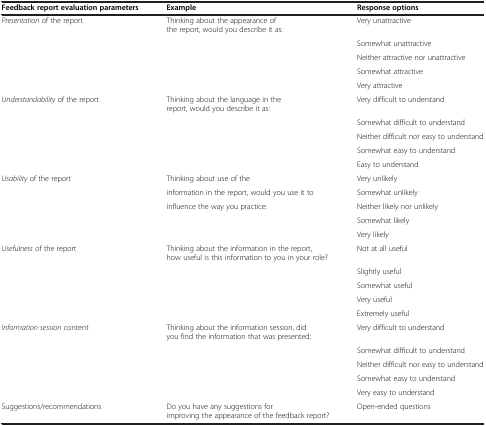
| Feedback report evaluation parameters | Example | Response options |
 | --- | --- | --- |
 | Presentation of the report | Thinking about the appearance of the report, would you describe it as: | Very unattractive |
 |  |  | Somewhat unattractive |
 |  |  | Neither attractive nor unattractive |
 |  |  | Somewhat attractive |
 |  |  | Very attractive |
 | Understandability of the report | Thinking about the language in the report, would you describe it as: | Very difficult to understand |
 |  |  | Somewhat difficult to understand |
 |  |  | Neither difficult nor easy to understand |
 |  |  | Somewhat easy to understand |
 |  |  | Easy to understand |
 | Usability of the report | Thinking about use of the | Very unlikely |
 |  | information in the report, would you use it to | Somewhat unlikely |
 |  | influence the way you practice: | Neither likely nor unlikely |
 |  |  | Somewhat likely |
 |  |  | Very likely |
 | Usefulness of the report | Thinking about the information in the report, how useful is this information to you in your role? | Not at all useful |
 |  |  | Slightly useful |
 |  |  | Somewhat useful |
 |  |  | Very useful |
 |  |  | Extremely useful |
 | Information session content | Thinking about the information session, did you find the information that was presented: | Very difficult to understand |
 |  |  | Somewhat difficult to understand |
 |  |  | Neither difficult nor easy to understand |
 |  |  | Somewhat easy to understand |
 |  |  | Very easy to understand |
 | Suggestions/recommendations | Do you have any suggestions for improving the appearance of the feedback report? | Open-ended questions |